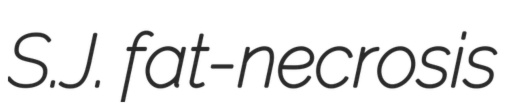
S.J. fat-necrosis